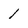
Character: 1